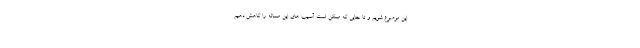
این موضوع شویم و تا جایی که ممکن است آسیب های این مساله را کاهش دهیم.